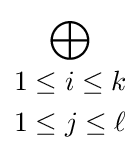
\bigoplus _{\begin{aligned}&1\leq i\leq k\\&1\leq j\leq \ell \end{aligned}}